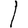
Digit: 1